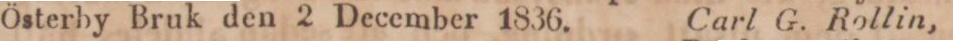
Österby Bruk den 2 December 1836.    Carl G. Rollin,